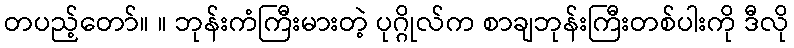
တပည့်တော်။ ။ ဘုန်းကံကြီးမားတဲ့ ပုဂ္ဂိုလ်က စာချဘုန်းကြီးတစ်ပါးကို ဒီလို